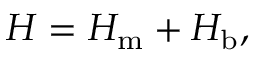
\begin{array} { r } { H = H _ { \mathrm { m } } + H _ { \mathrm { b } } , } \end{array}